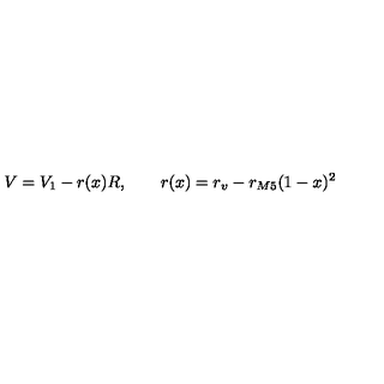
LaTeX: V = V _ { 1 } - r ( x ) R , \qquad r ( x ) = r _ { v } - r _ { M 5 } ( 1 - x ) ^ { 2 }